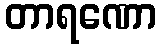
တာရဏော